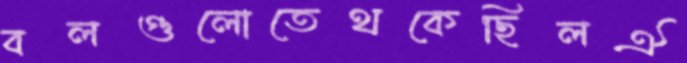
বলগুলোতেথকেছিলঐ